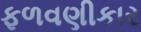
ફળવણીકાર